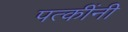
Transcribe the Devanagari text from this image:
पत्कींनी